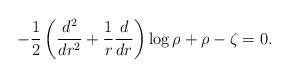
\begin{align*}-\frac12 \left( \frac{d^2}{dr^2}+\frac1r\frac d{dr} \right) \log\rho + \rho-\zeta =0.\end{align*}